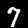
Digit: 7